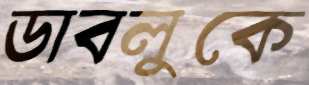
ডাবলুকে